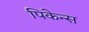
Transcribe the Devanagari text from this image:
पिकेन्स